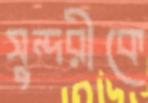
সুন্দরীকে